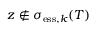
z \not \in \sigma _ { \mathrm { e s s } , k } ( T )